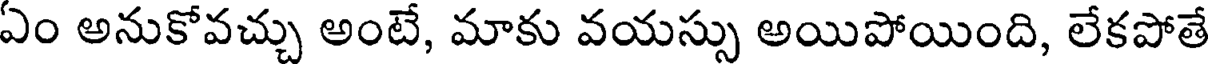
ఏం అనుకోవచ్చు అంటే, మాకు వయస్సు అయిపోయింది, లేకపోతే